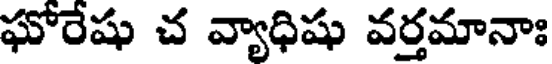
ఘోరేషు చ వ్యాధిషు వర్తమానాః